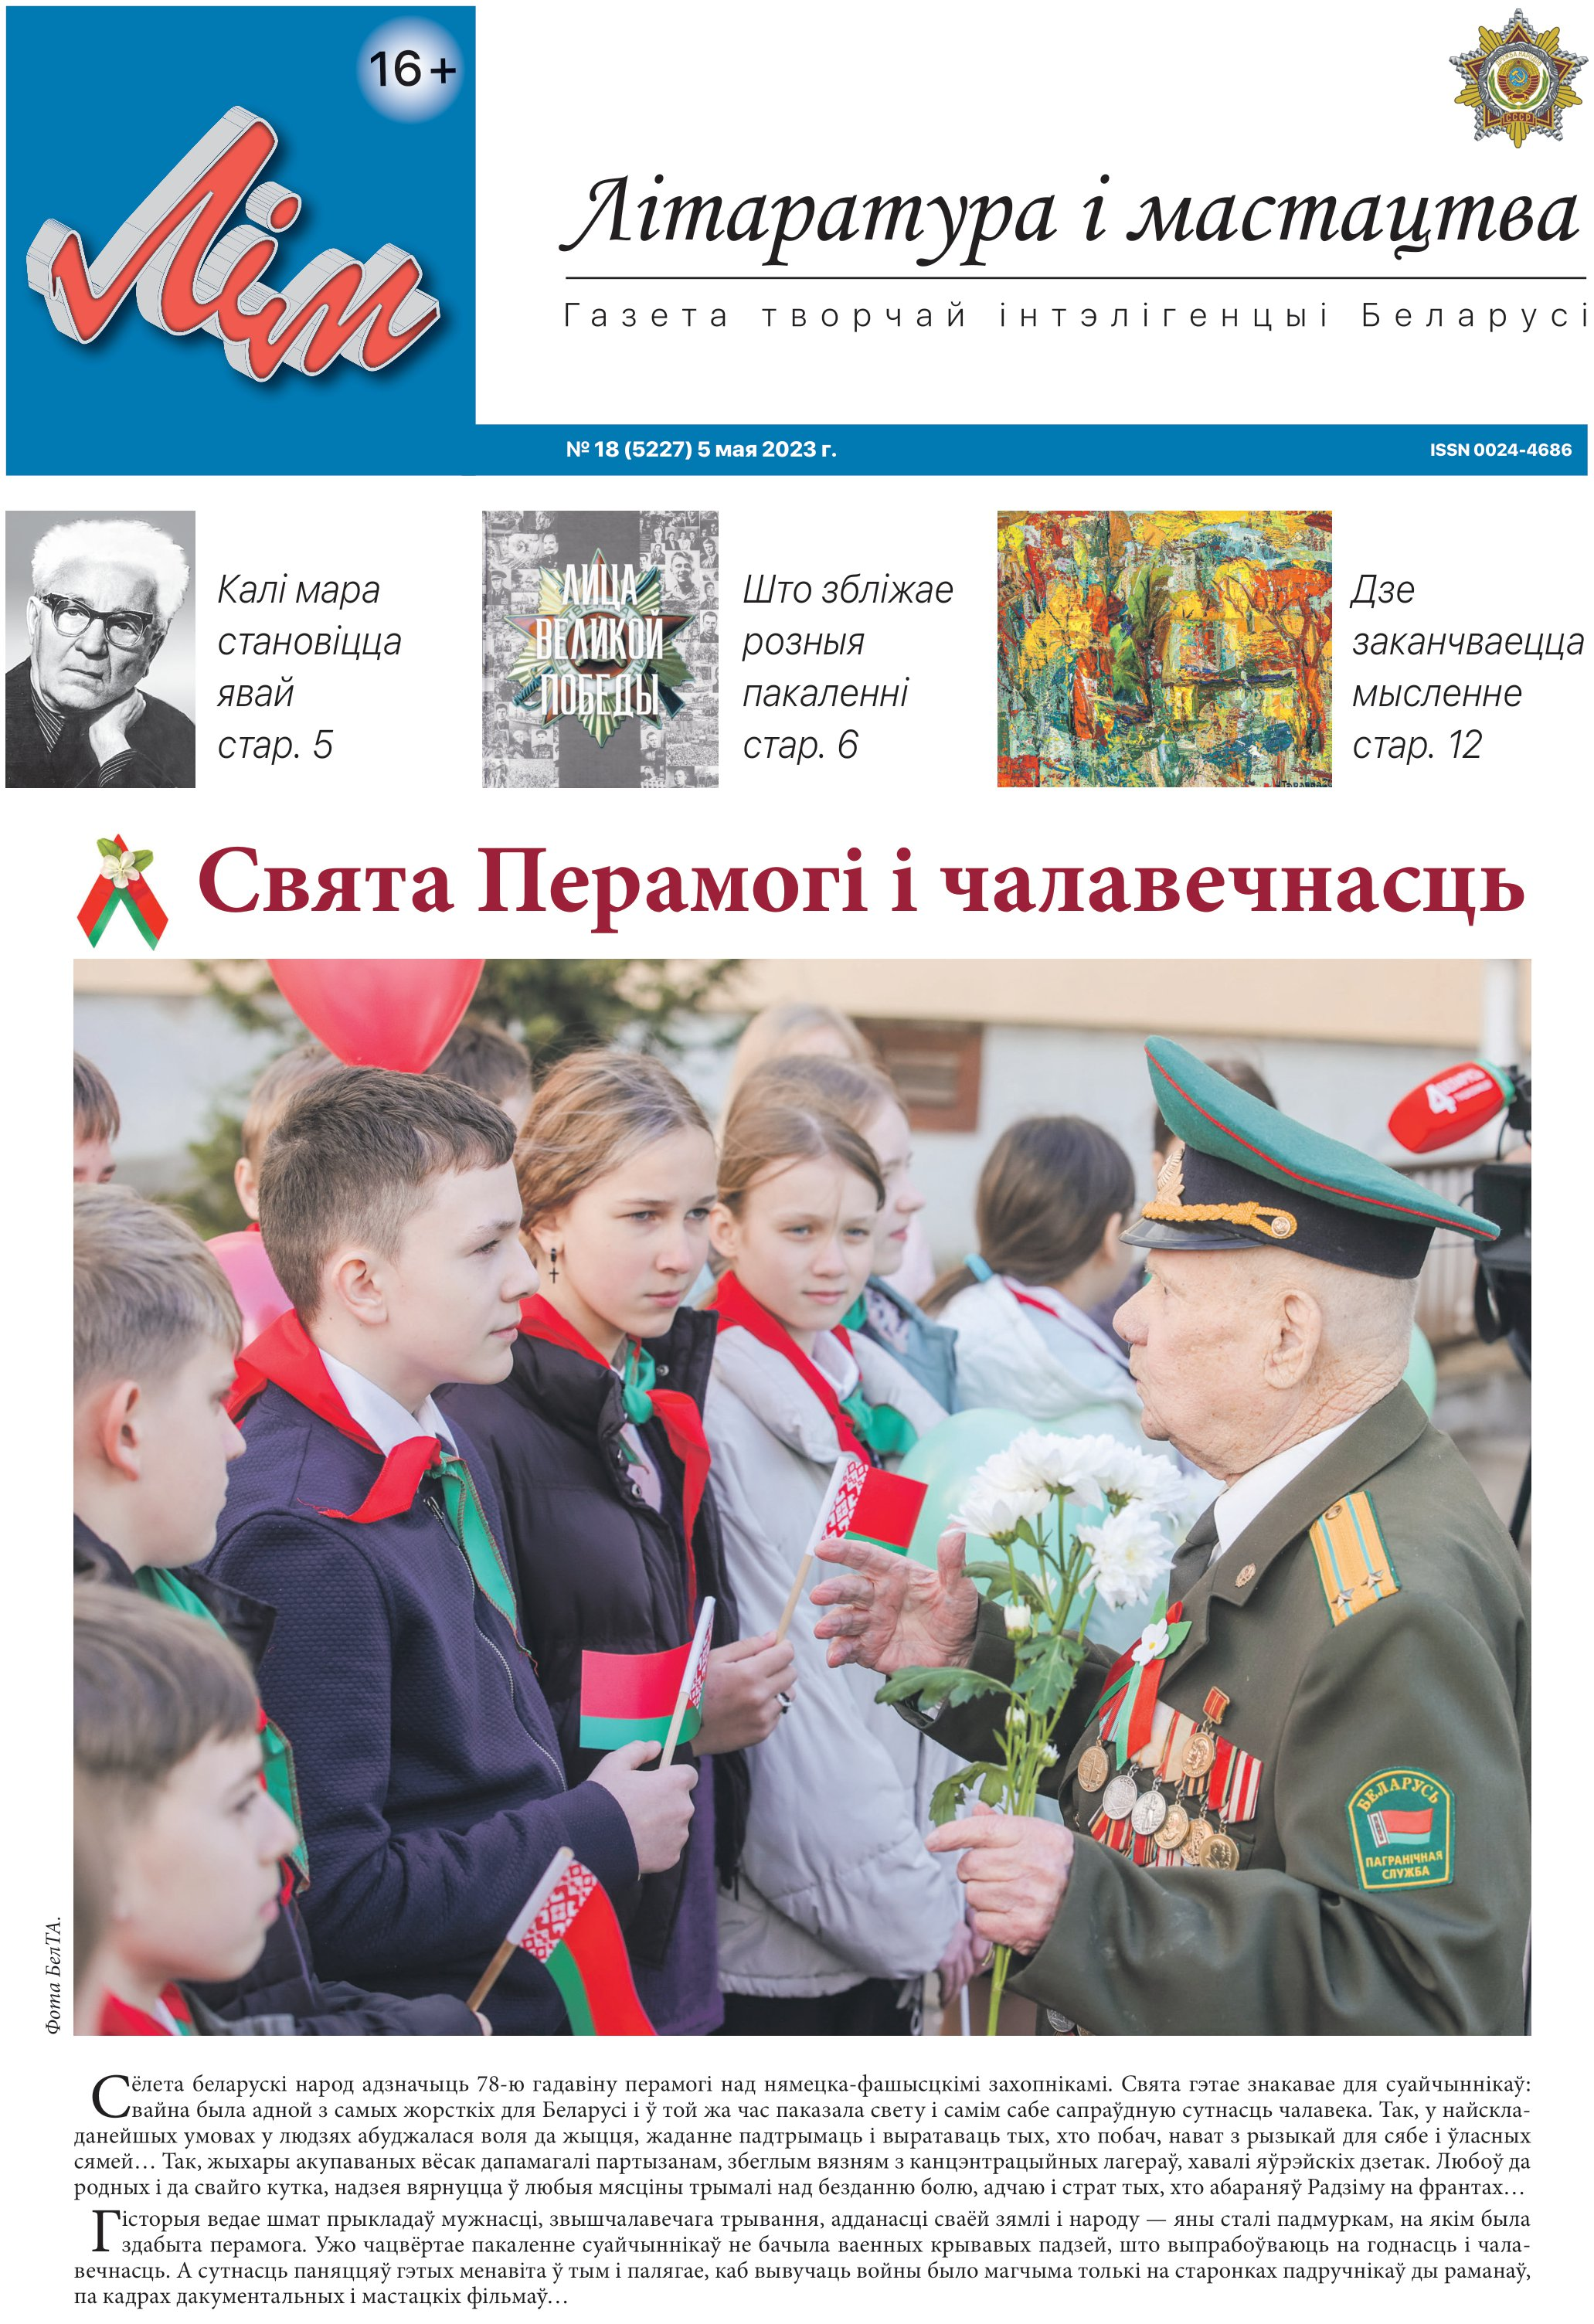
Language: be